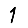
Digit: 1